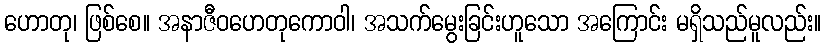
ဟောတု၊ ဖြစ်စေ။ အနာဇီဝဟေတုကောဝါ၊ အသက်မွေးခြင်းဟူသော အကြောင်း မရှိသည်မူလည်း။